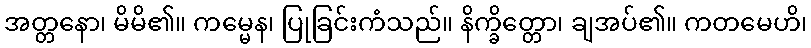
အတ္တနော၊ မိမိ၏။ ကမ္မေန၊ ပြုခြင်းကံသည်။ နိက္ခိတ္တော၊ ချအပ်၏။ ကတမေဟိ၊